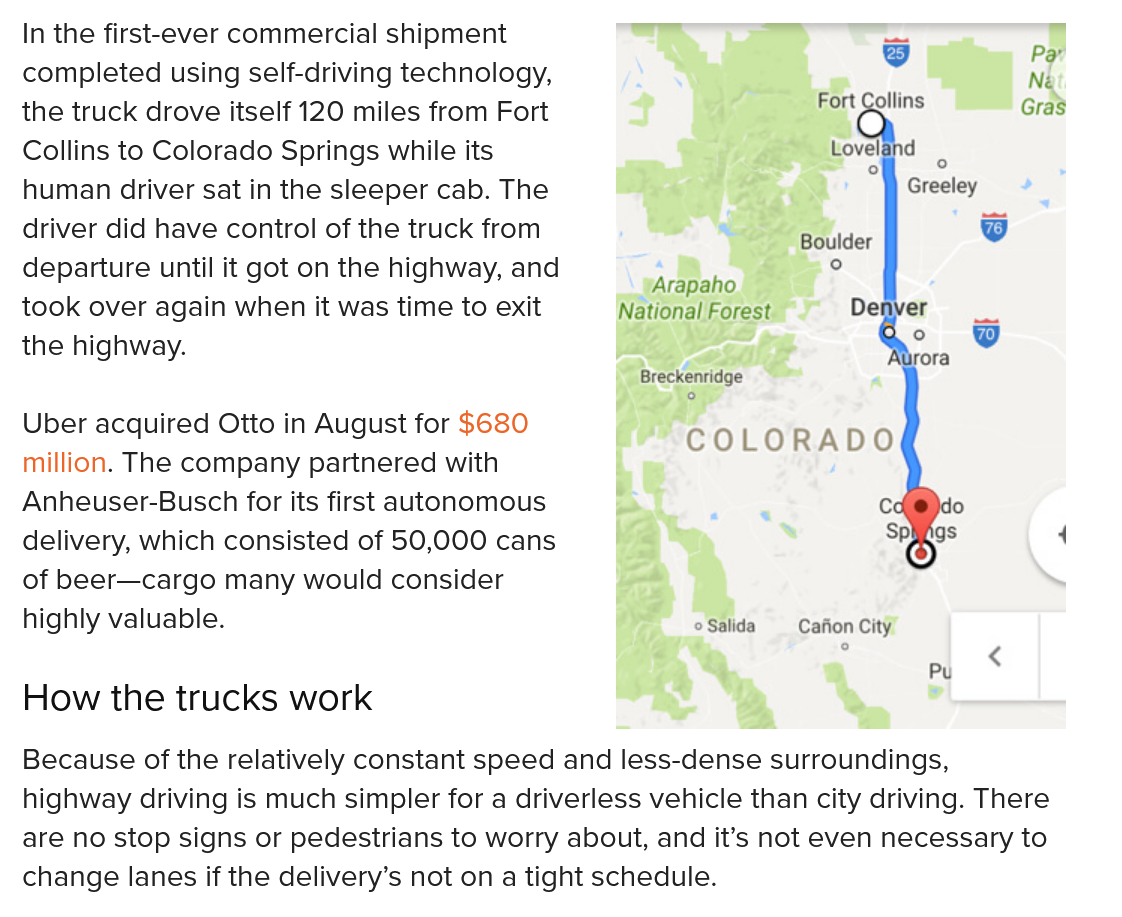
In the first-ever commercial shipment
  completed using self-driving technology,
  the truck drove itself 120 miles from Fort
  Collins to Colorado Springs while its
  human  driver sat in the sleeper cab. The
  driver did have control of the truck from
  departure until it got on the highway, and
  took over again when it was time to exit
  the highway.
  Uber acquired Otto in August for $680
  million. The company partnered with
  Anheuser-Busch for its first autonomous
  delivery, which consisted of 50,000 cans
  of beer—cargo many would consider
  highly valuable.
  How   the trucks  work
  Because of the relatively constant speed and less-dense surroundings,
  highway driving is much simpler for a driverless vehicle than city driving. There
  are no stop signs or pedestrians to worry about, and it’s not even necessary to
  change lanes if the delivery’s not on a tight schedule.
     @    Pa

     Né
     Fort Collins Gra’
     Lovel
     °
     Greeley +
     4
     Boulder
     oO
     es    °
     Arapaho
     National Forest Denver
     Breckenridge
     °
     COLORADO
     *   a
     Cc   lo
     Spgs    :
     ° Salida Cafion City
     _
     <
     Pu